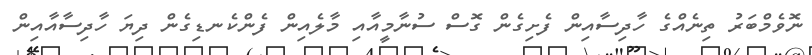
ނޮވެމްބަރު ތިނެއްގެ ހާދިސާއިން ފެށިގެން ގޮސް ސުނާމީއާއި މާލެއިން ފެންކެނޑިގެން ދިޔަ ހާދިސާއާއިން